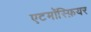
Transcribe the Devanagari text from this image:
एटमॉस्फ़ियर